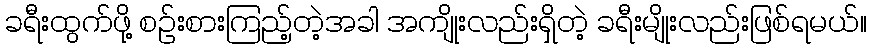
ခရီးထွက်ဖို့ စဉ်းစားကြည့်တဲ့အခါ အကျိုးလည်းရှိတဲ့ ခရီးမျိုးလည်းဖြစ်ရမယ်။